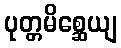
ပုတ္တမိစ္ဆေယျ